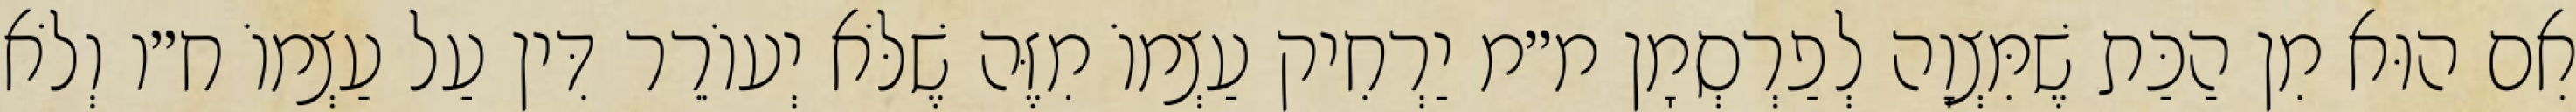
אִם הוּא מִן הַכַּת שֶׁמִּצְוָה לְפַרְסְמָן מ״מ יַרְחִיק עַצְמוֹ מִזֶּה שֶׁלֹּא יְעוֹרֵר דִּין עַל עַצְמוֹ ח״ו וְלֹא